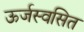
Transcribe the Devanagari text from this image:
ऊर्जस्वसित